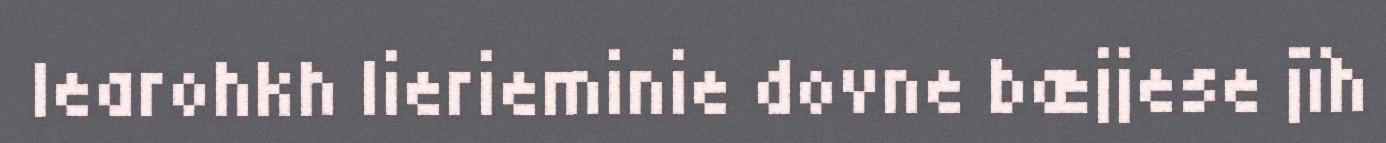
learohkh lierieminie dovne bæjjese jïh